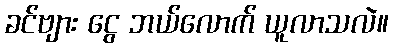
ခင်ဗျား ငွေ ဘယ်လောက် ယူလာသလဲ။